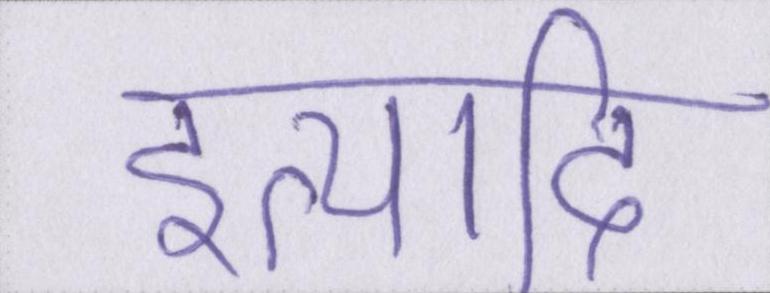
इत्यादि